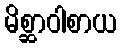
မိစ္ဆာဝါစာယ